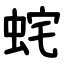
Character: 䖳